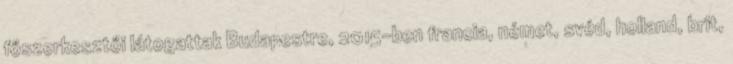
főszerkesztői látogattak Budapestre, 2015-ben francia, német, svéd, holland, brit,